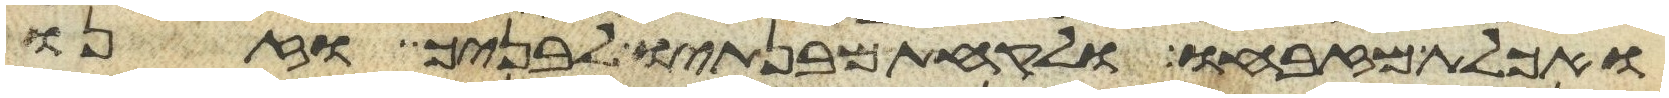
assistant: ואכלת מזבחו ולקחת מבנתיו לבניך וזנו